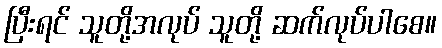
ပြီးရင် သူတို့အလုပ် သူတို့ ဆက်လုပ်ပါစေ။